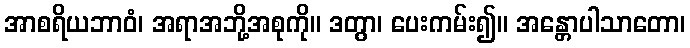
အာစရိယဘာဝံ၊ အရာအဘို့အစုကို။ ဒတွာ၊ ပေးကမ်း၍။ အန္တောပါသာတော၊